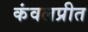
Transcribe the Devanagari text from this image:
कंवलप्रीत